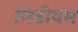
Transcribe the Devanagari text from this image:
मिडीयम